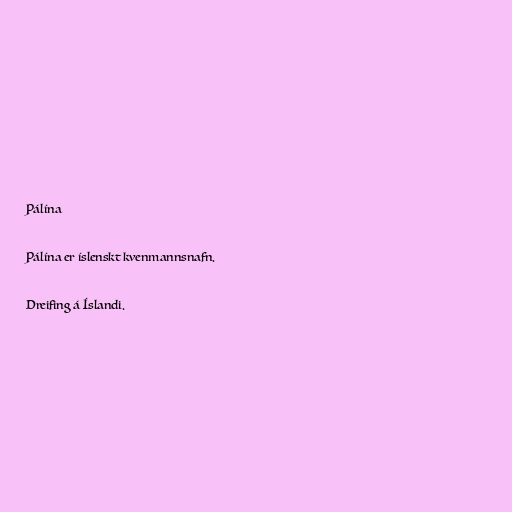
Pálína

Pálína er íslenskt kvenmannsnafn.

Dreifing á Íslandi.